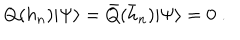
Q ( h _ { n } ) | \Psi \rangle = \bar { Q } ( \bar { h } _ { n } ) | \Psi \rangle = 0 \; .